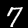
Label: 7